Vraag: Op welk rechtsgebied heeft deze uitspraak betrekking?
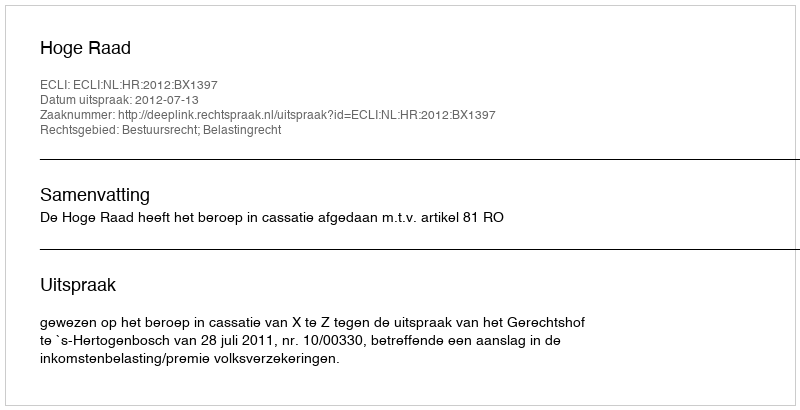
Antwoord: Bestuursrecht; Belastingrecht